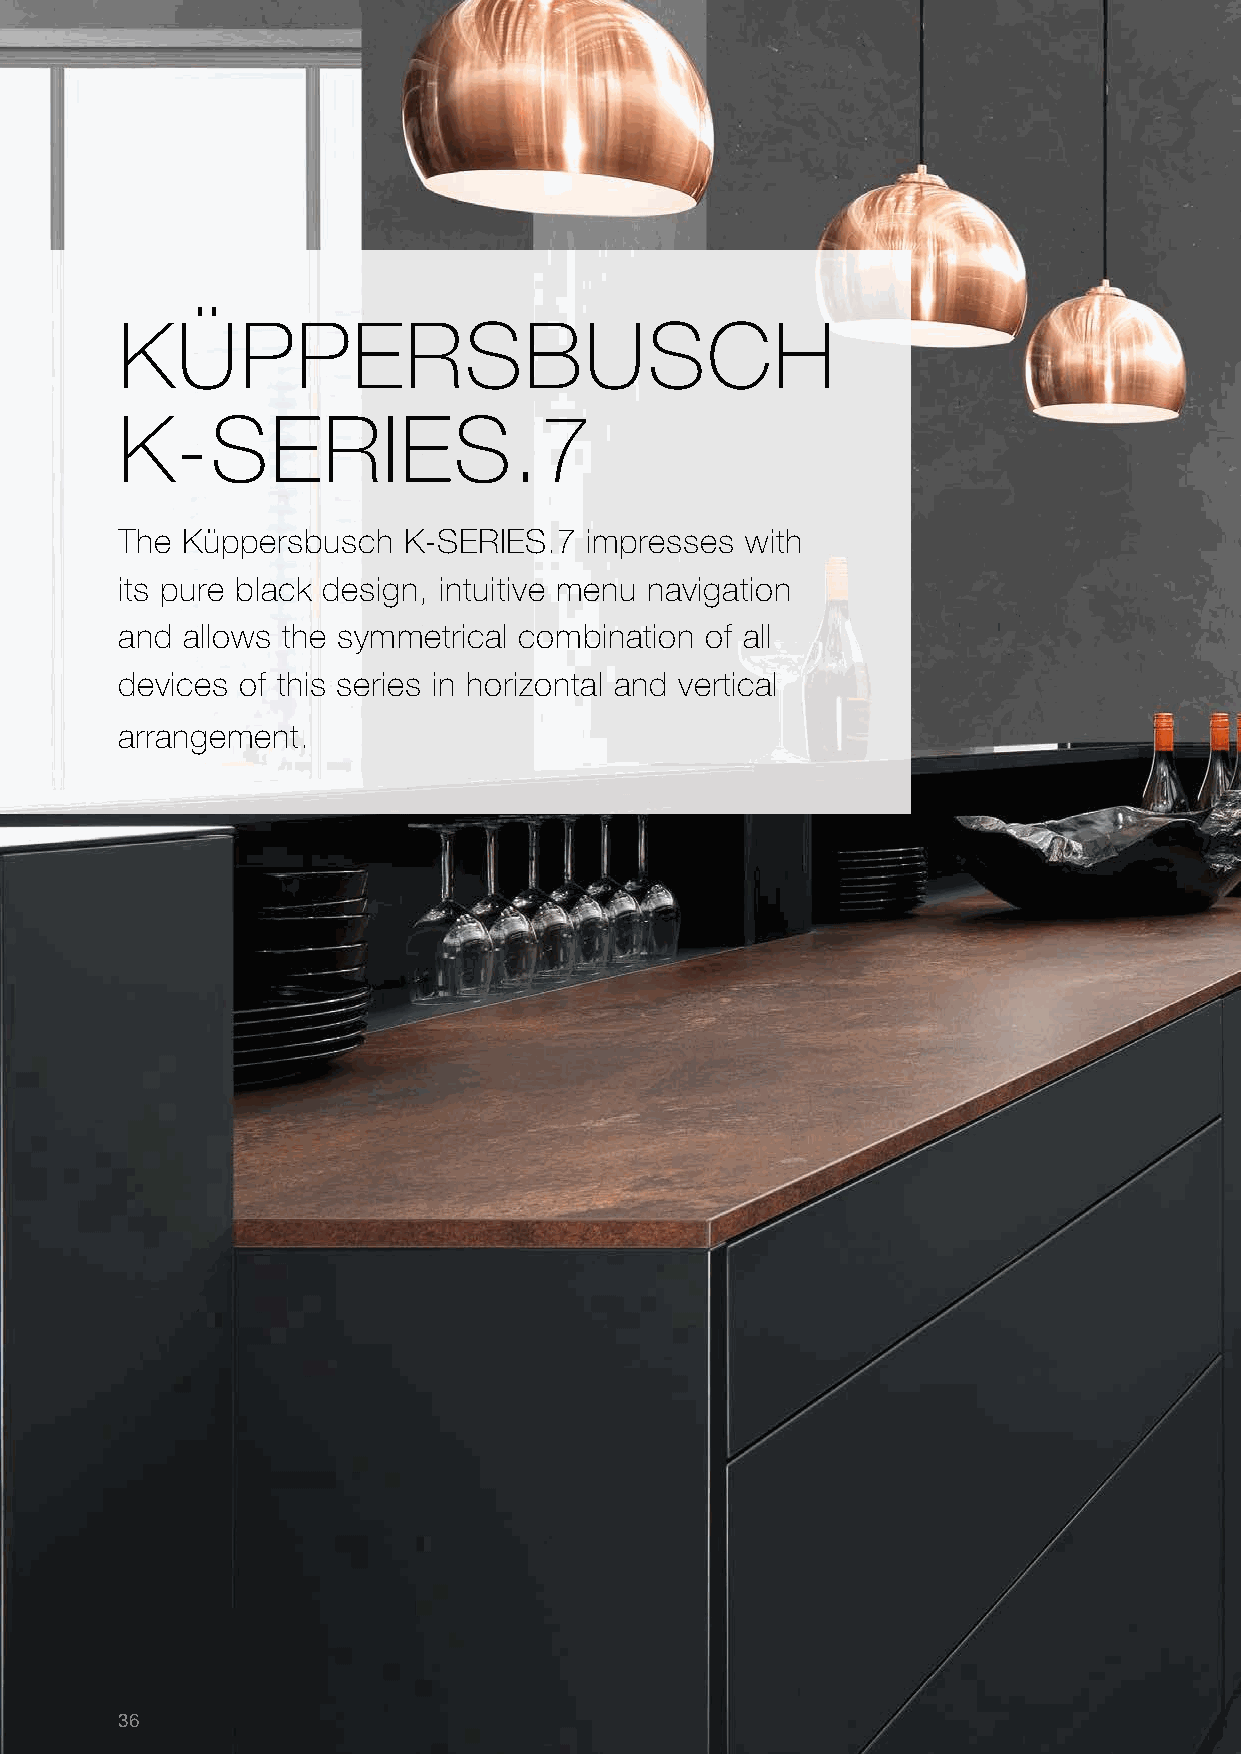
KÜPPERSBUSCH
 K-SERIES.7
 The Küppersbusch   K-SERIES.7  impresses with
 its pure black design, intuitive menu navigation
 and allows the symmetrical combination of all
 devices of this series in horizontal and vertical
 arrange ment.
 36